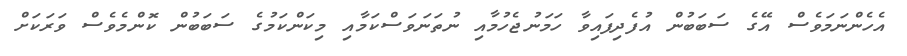
އެހެންނަމަވެސް އޭގެ ސަބަބުން އުފެދިފައިވާ ހަމަނުޖެހުމާއި ނުތަނަވަސްކަމާއި މިކަންކަމުގެ ސަބަބުން ކޮންމެވެސް ވަރަކަށް